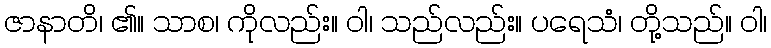
ဇာနာတိ၊ ၏။ သာစ၊ ကိုလည်း။ ဝါ၊ သည်လည်း။ ပရေသံ၊ တို့သည်။ ဝါ၊